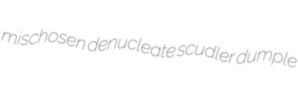
mischosen denucleate scudler dumple